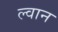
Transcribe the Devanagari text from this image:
ल्वान